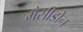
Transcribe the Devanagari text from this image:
मैसीडोन